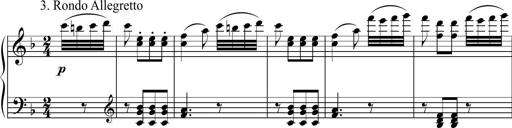
Title: 2 Sonatines faciles et brillantes pour le piano-forte seul
Composer: Carl Czerny